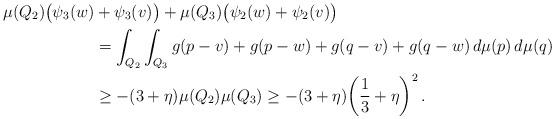
LaTeX: \begin{align*}\mu(Q_2)\big(\psi_3(w)&+\psi_3(v)\big) + \mu(Q_3)\big(\psi_2(w)+\psi_2(v)\big)\\&=\int_{Q_2}\int_{Q_3} g(p-v)+g(p-w)+g(q-v)+g(q-w) \, d\mu(p)\,d\mu(q)\\&\geq -(3+\eta) \mu(Q_2)\mu(Q_3)\geq -(3+\eta) \bigg(\frac 13+\eta\bigg)^2\,.\end{align*}